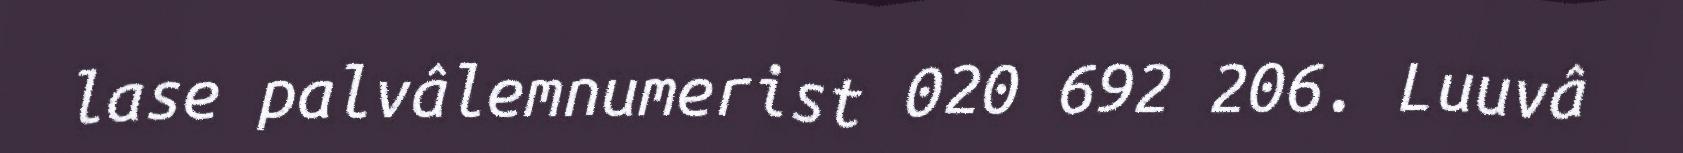
lase palvâlemnumerist 020 692 206. Luuvâ